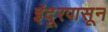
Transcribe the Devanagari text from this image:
इंदूरपासून